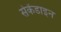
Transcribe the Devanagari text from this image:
सेकेंडाइन